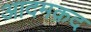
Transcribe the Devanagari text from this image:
आदमक़द